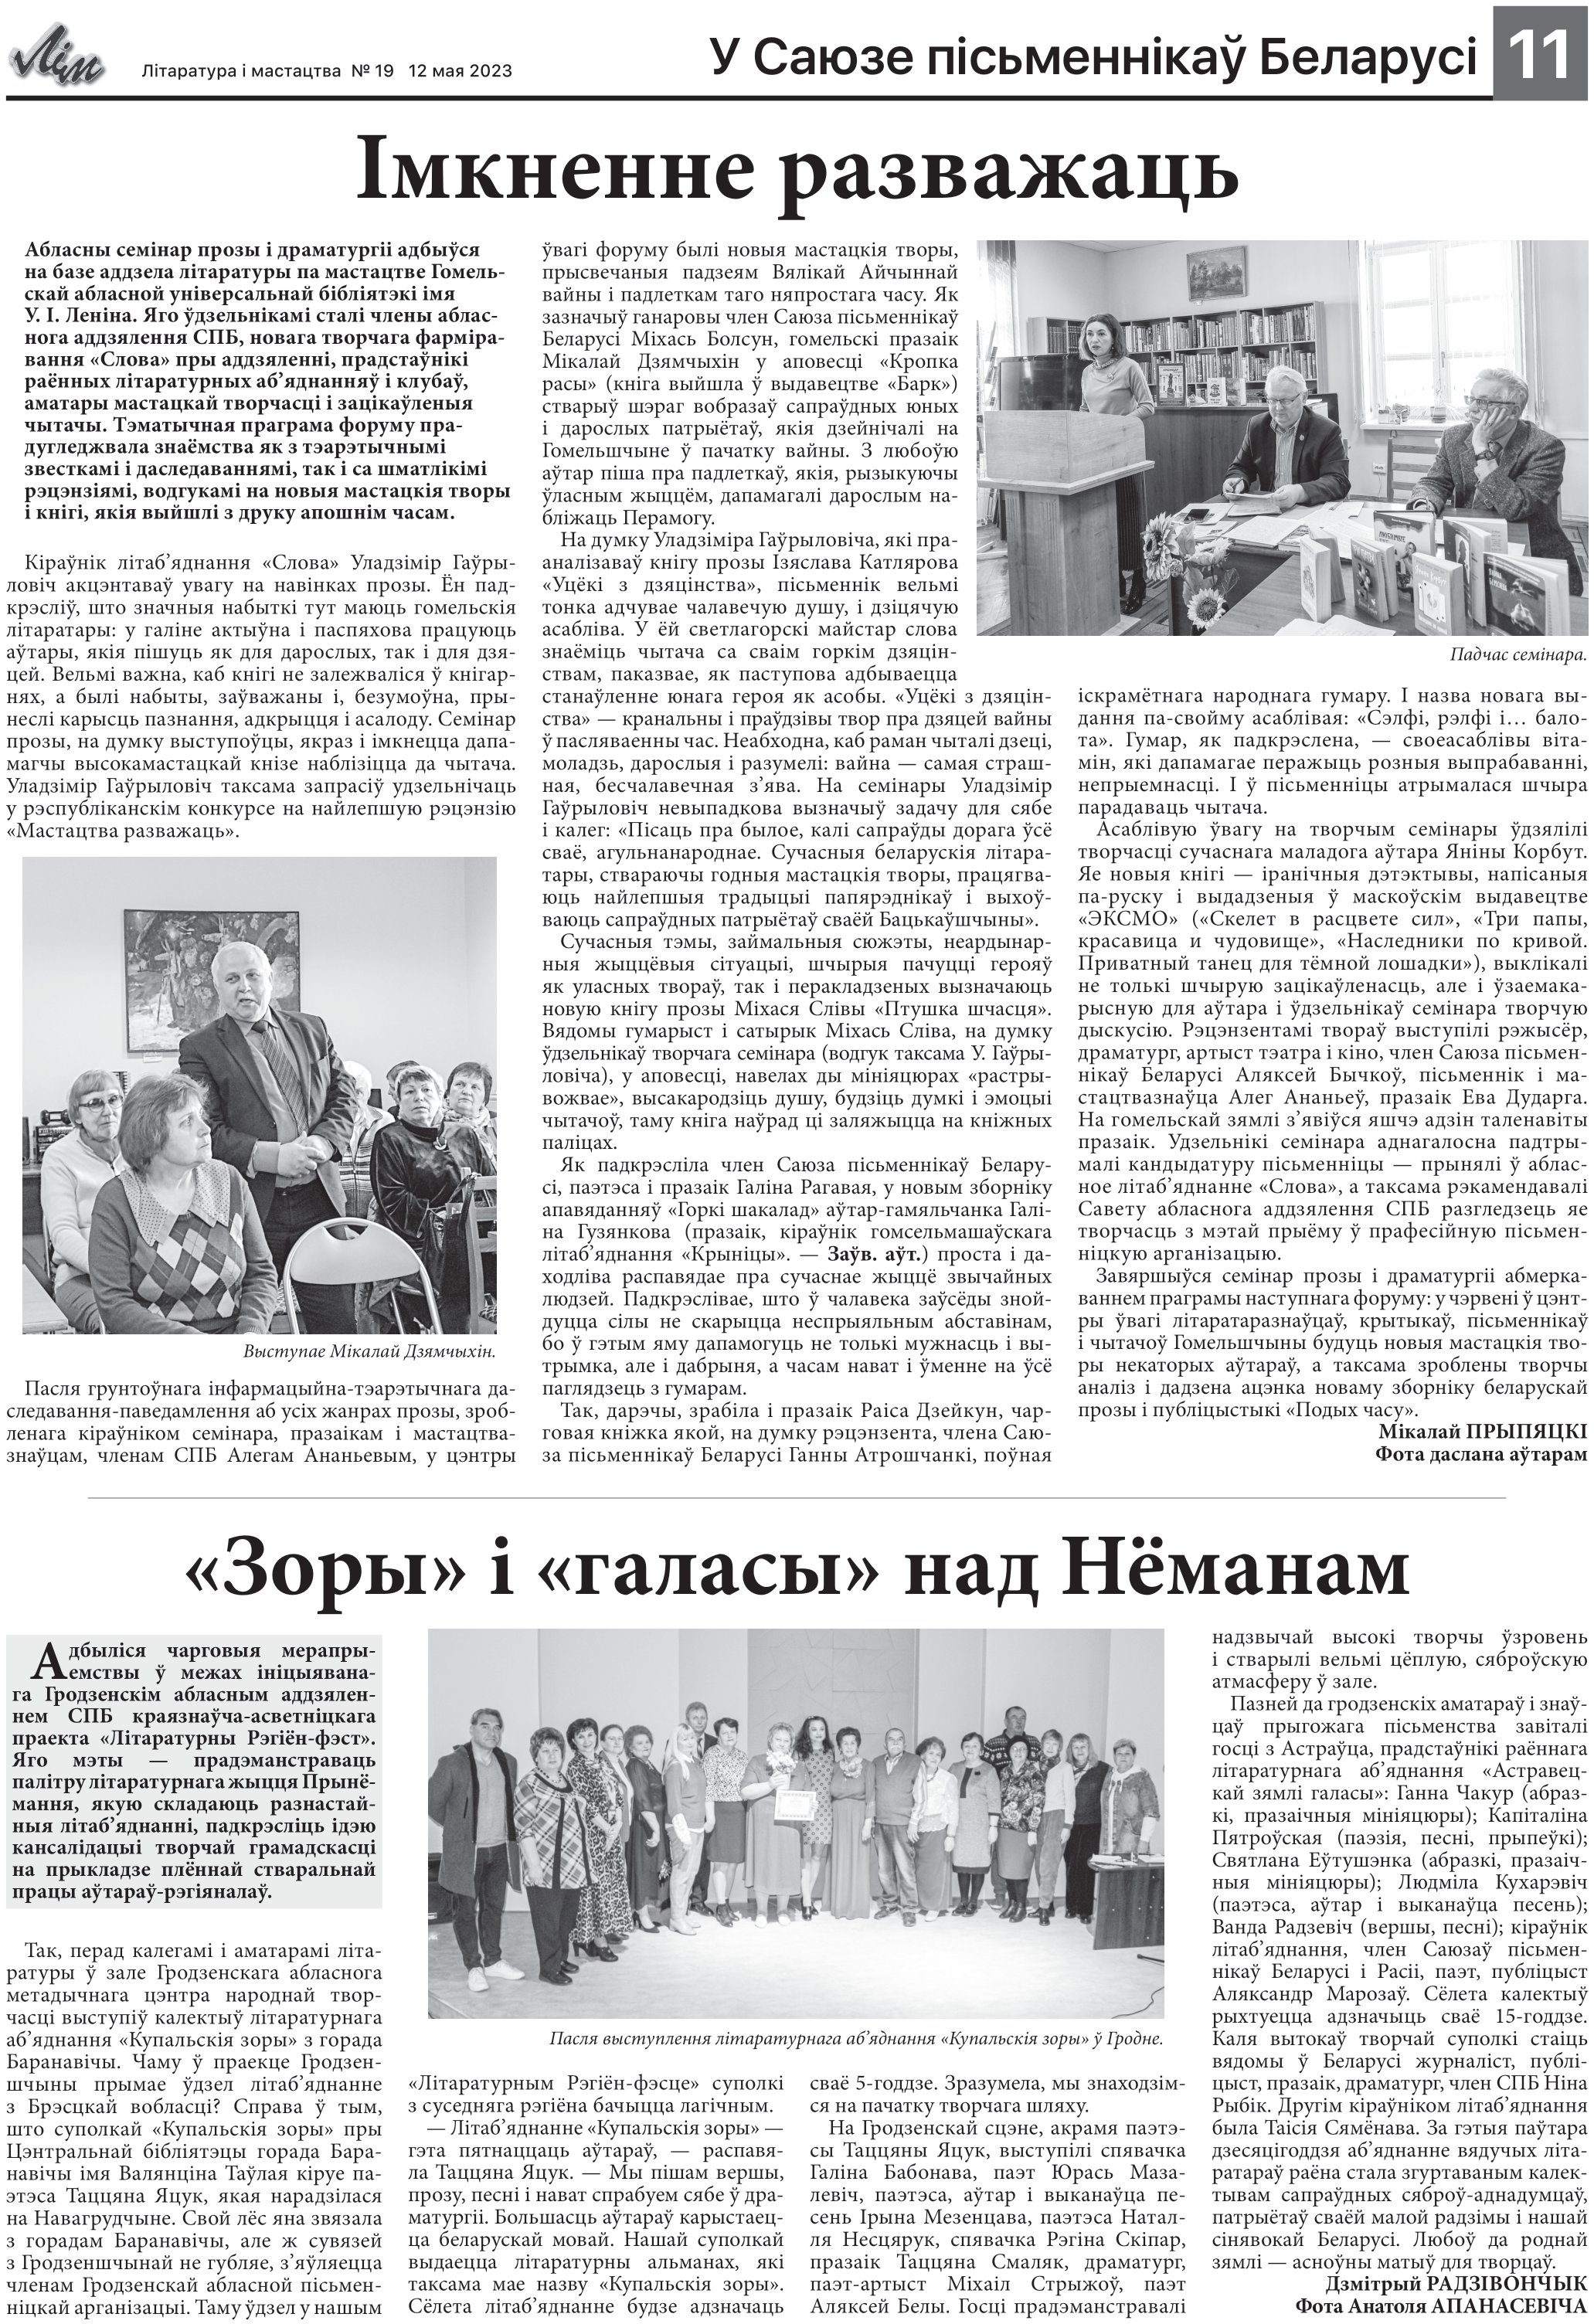
Language: be